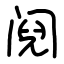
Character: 阋